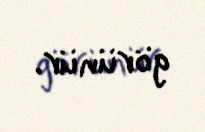
görünür.